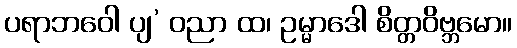
ပရာဘဝေါ ပျ’ ဝညာ ထ၊ ဥမ္မာဒေါ စိတ္တဝိဗ္ဘမော။